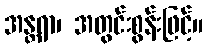
အန္တရာ၊ အတွင်းစွန်းဖြင့်။